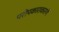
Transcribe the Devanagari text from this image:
परोपकाराकारणे